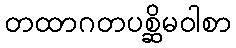
တထာဂတပစ္ဆိမဝါစာ